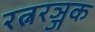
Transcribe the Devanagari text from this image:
रत्नरञ्जक